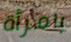
بامرأة